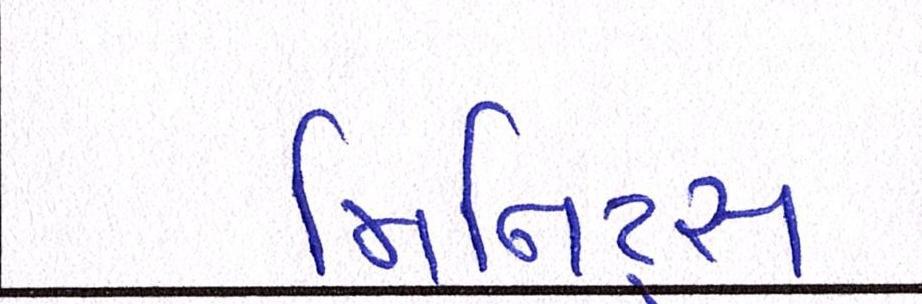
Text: મિનિટ્સ